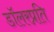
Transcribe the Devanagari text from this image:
डॉलरप्रति